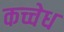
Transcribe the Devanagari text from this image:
कच्चेध